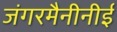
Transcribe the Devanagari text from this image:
जंगरमैनीनीई